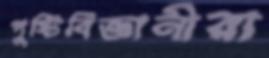
পুষ্টিবিজ্ঞানীরা